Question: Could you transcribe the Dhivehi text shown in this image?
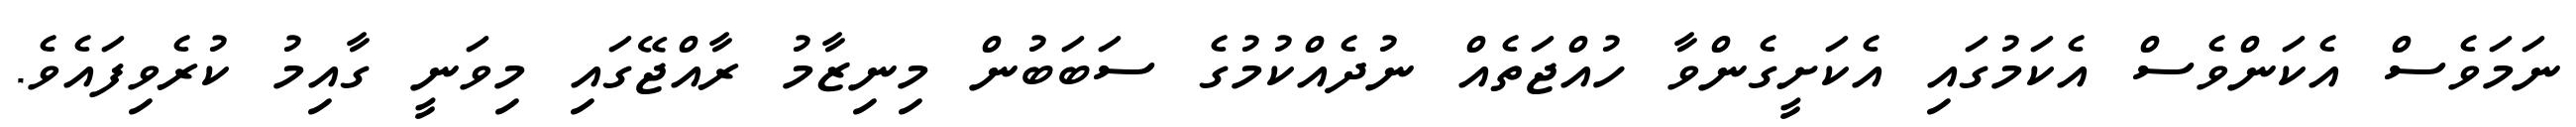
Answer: ނަމަވެސް އެކަންވެސް އެކަމުގައި އެކަށީގެންވާ ހުއްޖަތެއް ނުދެއްކުމުގެ ސަބަބުން މިނިޒާމު ރާއްޖޭގައި މިވަނީ ގާއިމު ކުރެވިފައެވެ.